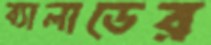
ব্যালাডের